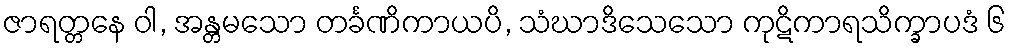
ဇာရတ္တနေ ဝါ, အန္တမသော တင်္ခဏိကာယပိ, သံဃာဒိသေသော ကုဋိကာရသိက္ခာပဒံ ၆